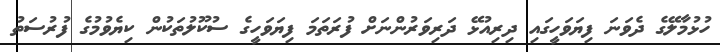
ހުޅުމާލޭގެ ދެވަނަ ފިޔަވަހީގައި ދިރިއުޅޭ ދަރިވަރުންނަށް ފުރަތަމަ ފިޔަވަހީގެ ސުކޫލުތަކުން ކިޔެވުމުގެެ ފުރުސަތު